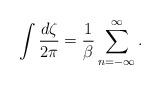
LaTeX: \begin{align*}\int{d\zeta\over2\pi}={1\over\beta}\sum_{n=-\infty}^\infty.\end{align*}